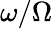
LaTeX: \omega/\Omega